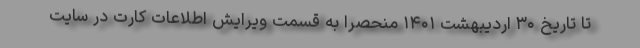
تا تاریخ ۳۰ اردیبهشت ۱۴۰۱ منحصراً به قسمت ویرایش اطلاعات کارت در سایت